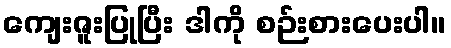
ကျေးဇူးပြုပြီး ဒါကို စဉ်းစားပေးပါ။